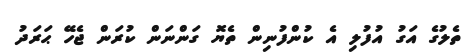
ތެލުގެ އަގު އުފުލި އެ ކުންފުނިން ތެޔޮ ގަންނަން ކުރަން ޖެހޭ ޙަރަދު